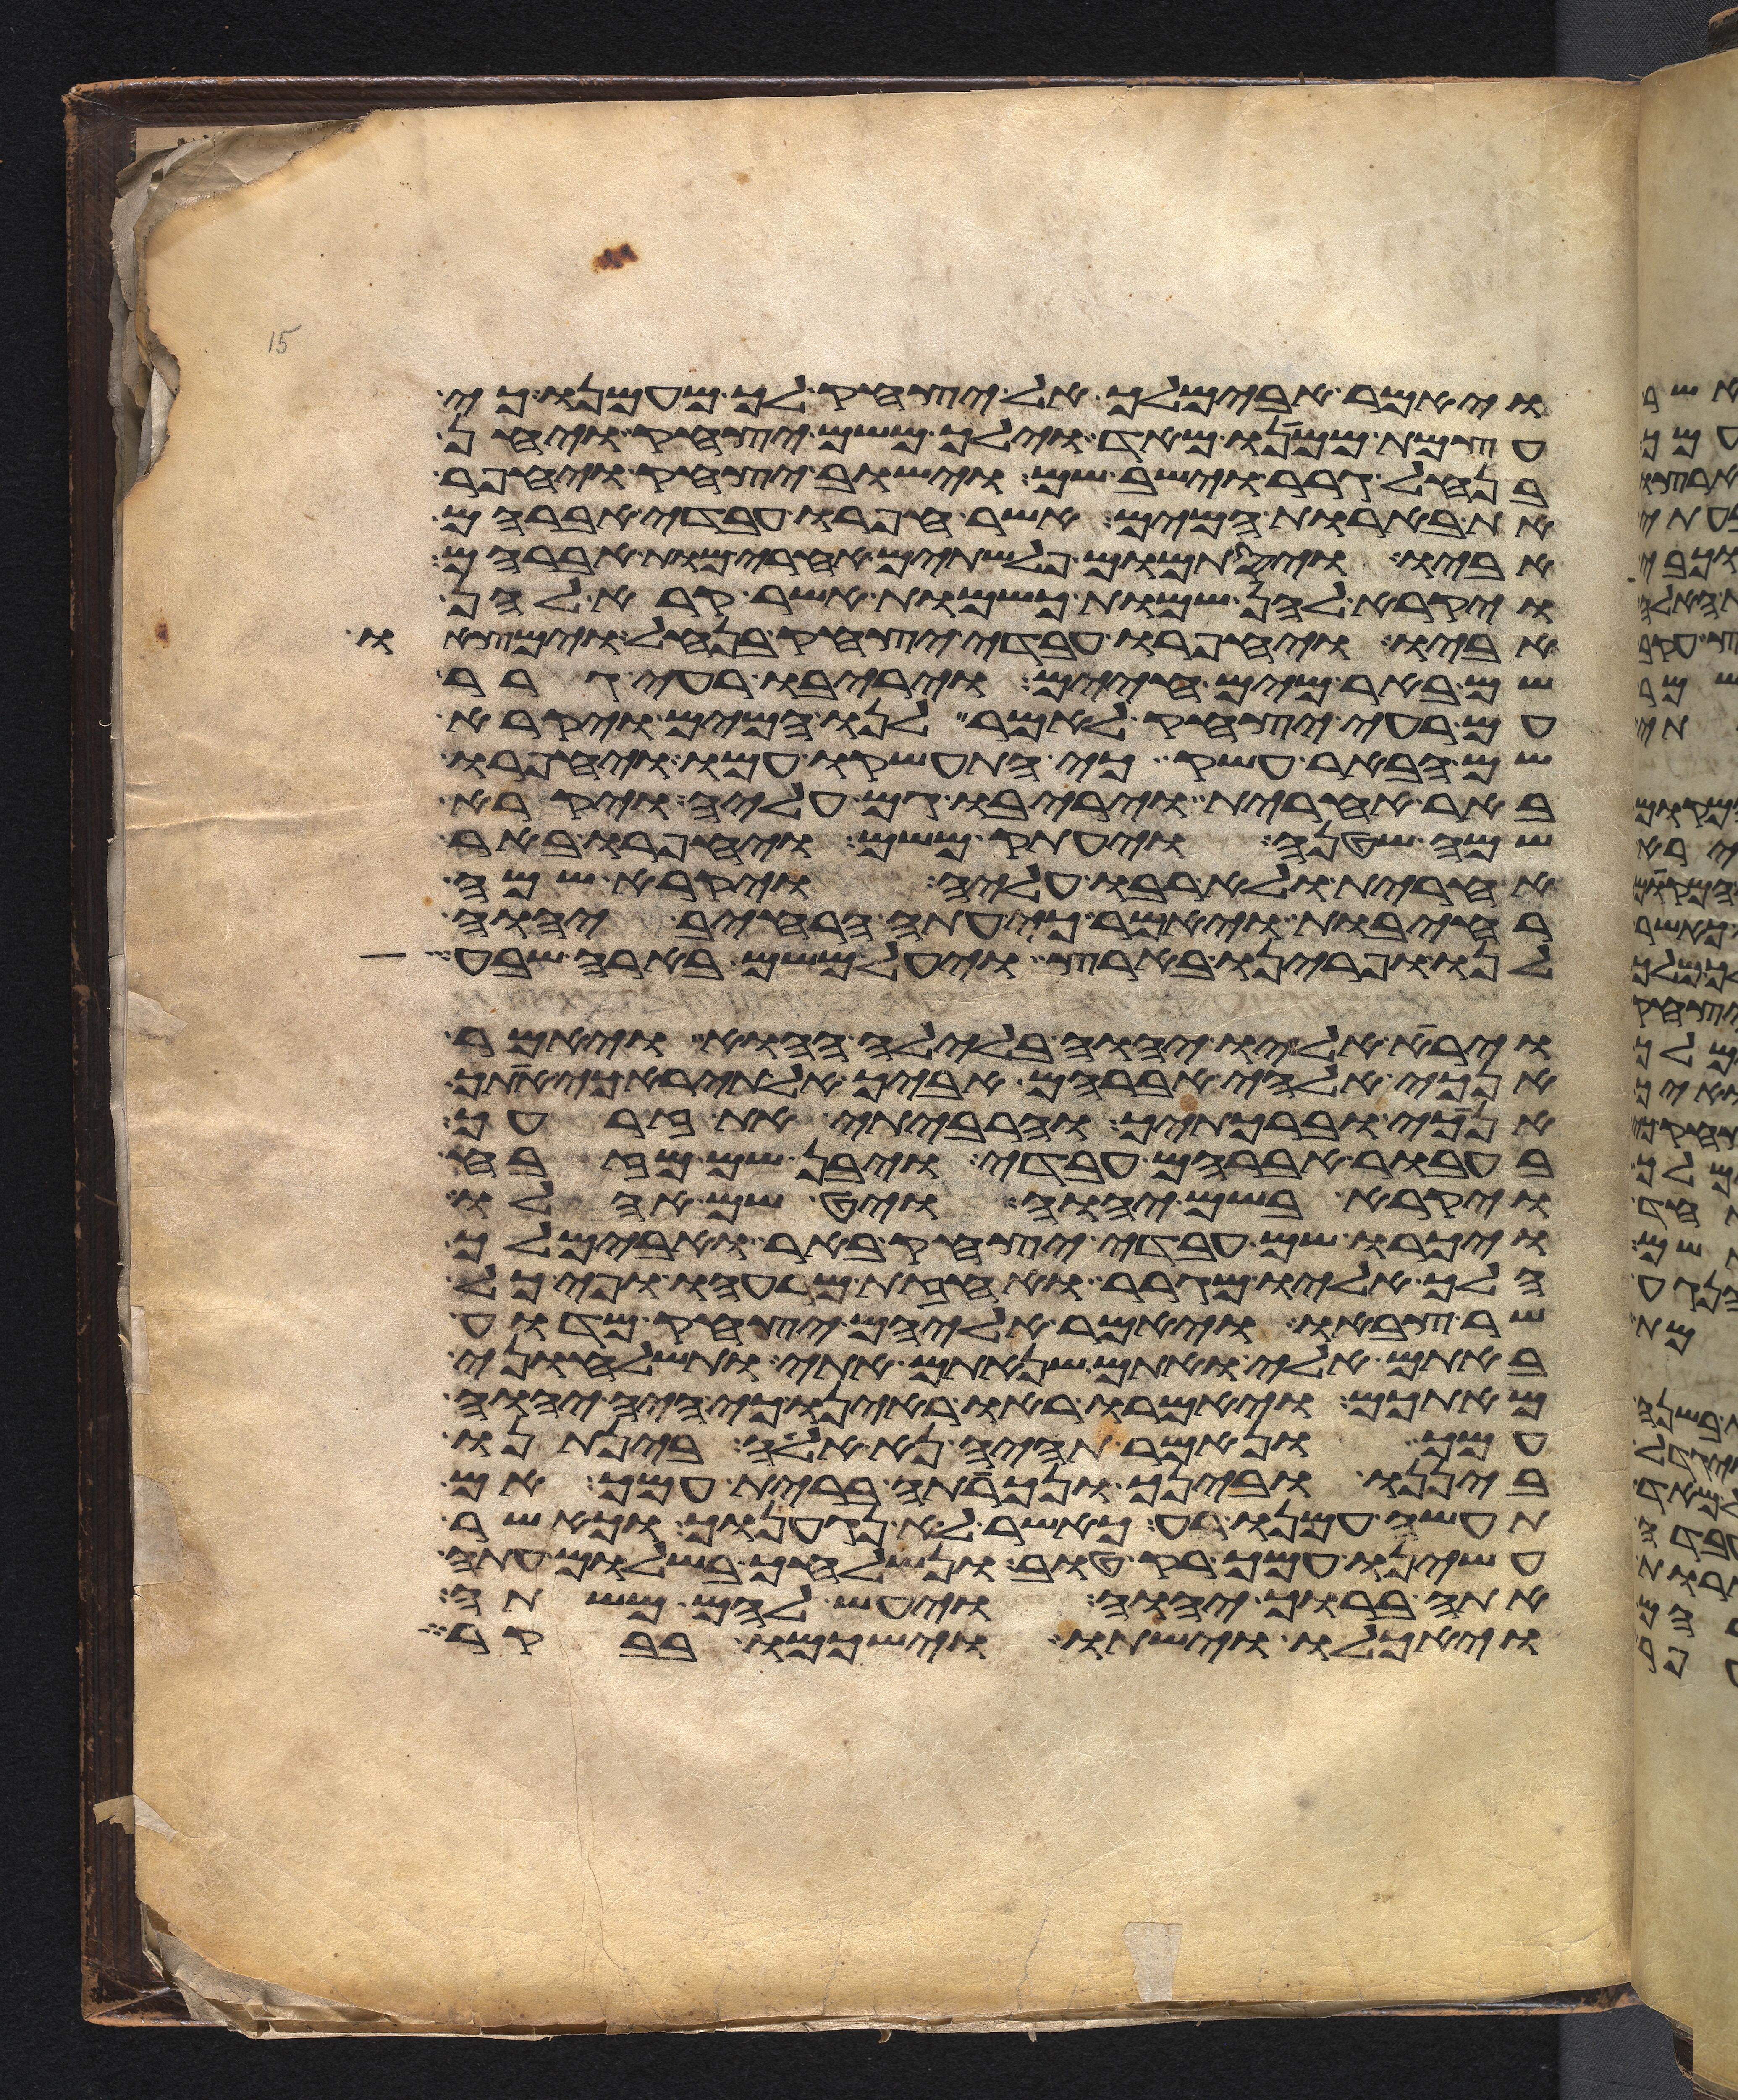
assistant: ויאמר אבימלך אל יצחק לך מעמנו כי
עצמת ממנו מאד וילך משם יצחק ויחן
בנחל גרר וישב שם וישב יצחק ויחפר
את בארות המים אשר חפרו עבדי אברהם
אביו ויסתמום פלשתים אחרי מות אברהם
ויקרא להן שמות כשמות אשר קרא להן
אביו ויחפרו עבדי יצחק בנחל וימצאו
שם באר מים חיים ויריבו רעי גרר
עם רעי יצחק לאמר לנו המים ויקרא
שם הבאר עשק כי התעשקו עמו ויחפרו
באר אחרת ויריבו גם עליה ויקרא
שמה שטנה ויעתק משם ויחפרו באר
אחרת ולא רבו עליה ויקרא שמה
רחבות ויאמר כי עתה הרחיב יהוה
לנו ופרינו בארץ ויעל משם באר שבע
וירא אליו יהוה בלילה ההוא ויאמר
אנכי אלהי אברהם אביך אל תירא כי אתך
אנכי וברכתיך והרביתי את זרעך
בעבור אברהם עבדי ויבן שם מזבח
ויקרא בשם יהוה ויט שם אהלו
ויכרו שם עבדי יצחק באר ואבימלך
הלך אליו מגרר ואחזת מרעהו ופיכל
שר צבאו ויאמר אליהם יצחק מדוע
באתם אלי ואתם שנאתם אתי ותשלחוני
מאתכם ויאמרו ראו ראינו כי היה יהוה
עמך ונאמר תהיה נא אלה בינתנו
ביננו ובינך ונכרתה ברית עמך אם
תעשה עמנו רע כאשר לא נגענוך וכאשר
עשינו עמך רק טוב ונשלחך בשלום עתה
אתה ברוך יהוה ויעש להם משתה
ויאכלו וישתו וישכמו בבקר